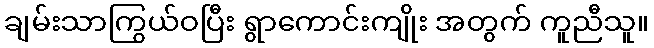
ချမ်းသာကြွယ်ဝပြီး ရွာကောင်းကျိုး အတွက် ကူညီသူ။